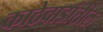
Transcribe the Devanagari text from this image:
काठेवाडांतील